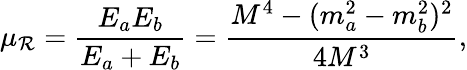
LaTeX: \mu_{\mathcal{R}}=\frac{{E_{a}E_{b}}}{{E_{a}+E_{b}}}=\frac{{M^{4}-(m_{a}^{2}-m_{b}^{2})^{2}}}{{4M^{3}}},